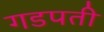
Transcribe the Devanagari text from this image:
गडपती